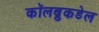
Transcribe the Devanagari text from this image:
कॉलब्रुकडेल